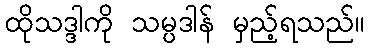
ထိုသဒ္ဒါကို သမ္ပဒါန် မှည့်ရသည်။